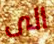
الى